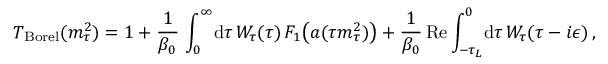
T _ { \mathrm { B o r e l } } ( m _ { \tau } ^ { 2 } ) = 1 + { \frac { 1 } { \beta _ { 0 } } } \, \int _ { 0 } ^ { \infty } \! \mathrm { d } \tau \, W _ { \tau } ( \tau ) \, F _ { 1 } \big ( a ( \tau m _ { \tau } ^ { 2 } ) \big ) + { \frac { 1 } { \beta _ { 0 } } } \, \mathrm { R e } \int _ { - \tau _ { L } } ^ { 0 } \! \mathrm { d } \tau \, W _ { \tau } ( \tau - i \epsilon ) \, ,